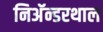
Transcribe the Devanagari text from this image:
निअॅन्डरथाल